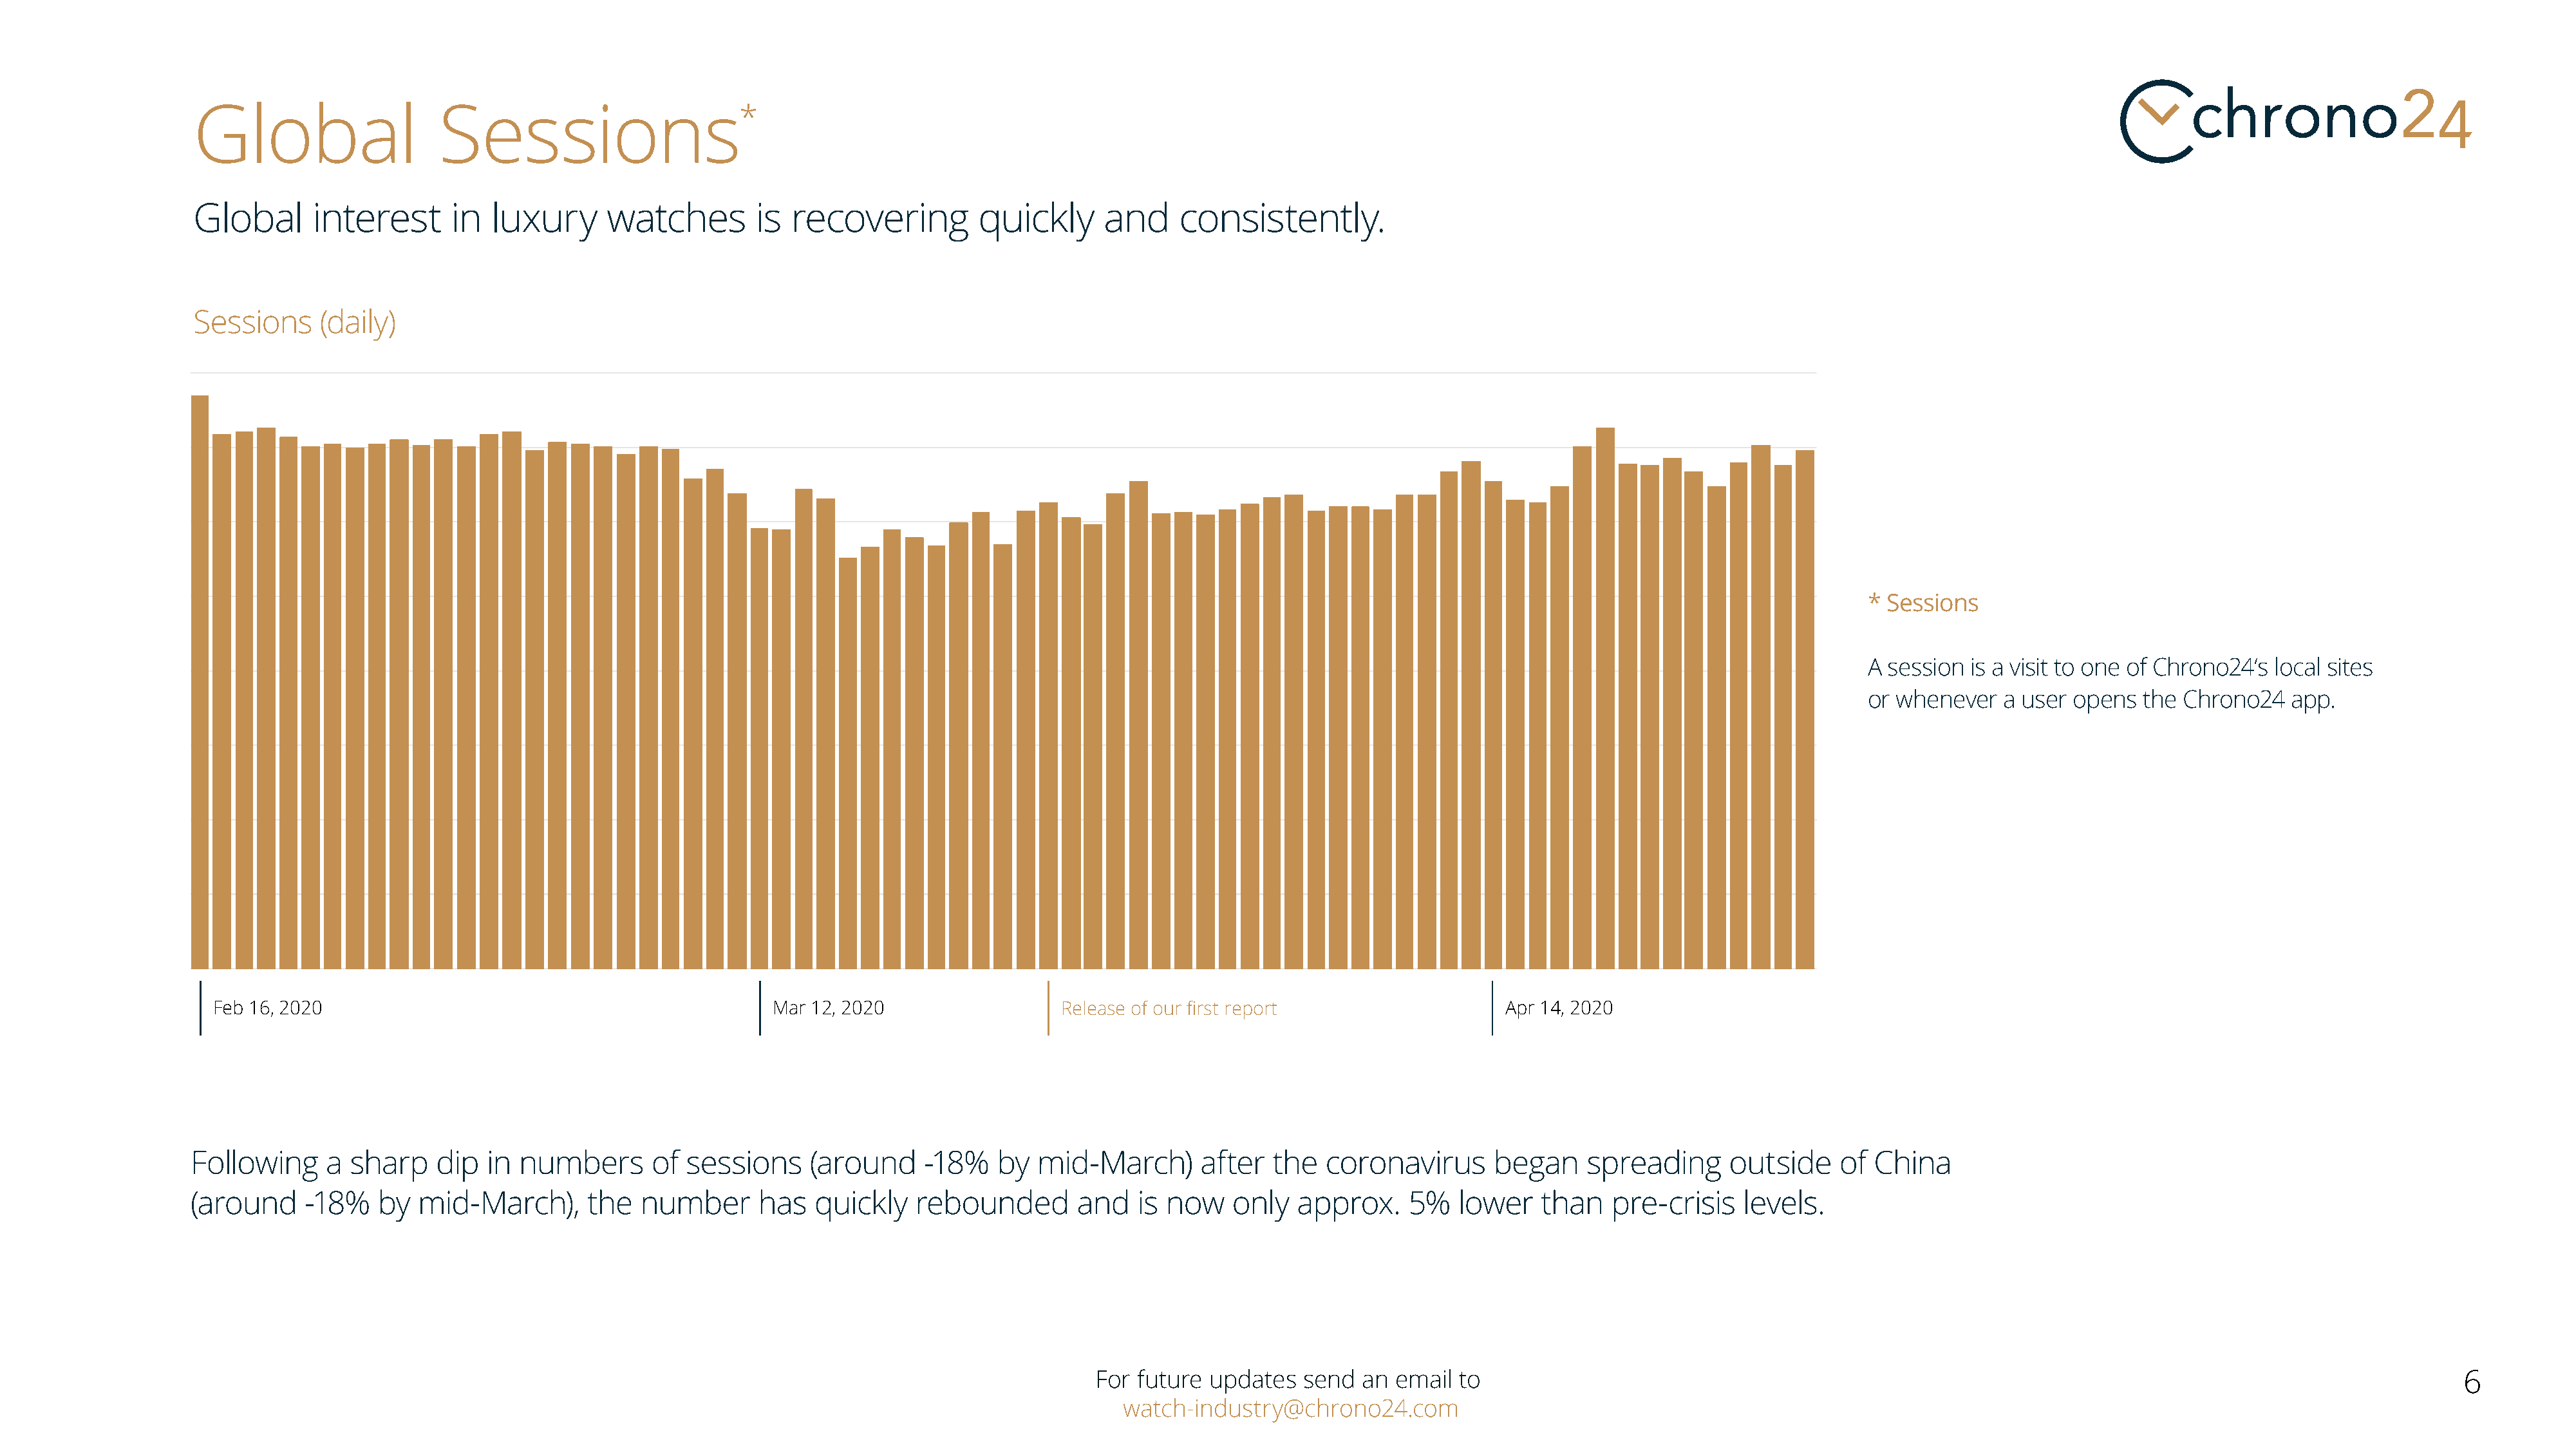
Global                   Sessions*
 Global      interest      in  luxury      watches         is recovering          quickly     and     consistently.
 Sessions     (daily)
 * Sessions
 A session  is a visit to one of Chrono24‘s local sites
 or whenever   a user opens  the Chrono24   app.
 Feb 16, 2020                                             Mar 12, 2020                  Release of our first report                   Apr 14, 2020
 Following    a  sharp    dip  in numbers       of  sessions    (around     -18%   by   mid-March)      after   the  coronavirus       began    spreading      outside    of  China
 (around    -18%    by  mid-March),      the   number      has   quickly   rebounded        and   is now    only  approx.     5%   lower   than    pre-crisis   levels.
 For future updates   send  an email  to                                                                                                     6
 watch-industry@chrono24.com